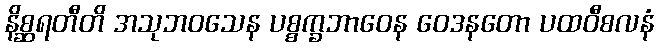
နိစ္ဆရတီတိ အသုဘဝသေန ပစ္စက္ခဘာဝေန ဝေဒနတော ပထဝီစလနံ